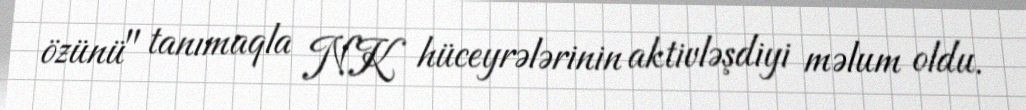
özünü" tanımaqla NK hüceyrələrinin aktivləşdiyi məlum oldu.